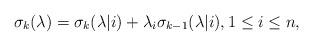
LaTeX: \begin{align*}\sigma_k (\lambda) = \sigma_k(\lambda|i) + \lambda_i \sigma_{k-1} (\lambda|i), 1 \leq i \leq n,\end{align*}